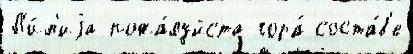
Л'и́л'иjа пожа́луйста гора́ соста́в'е